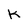
Character: k